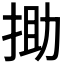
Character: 𢭟